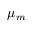
\mu _ { m }